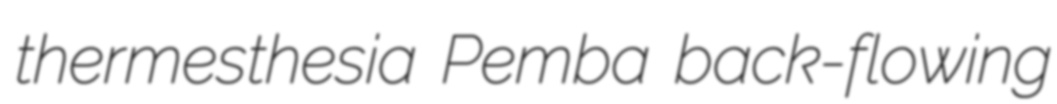
thermesthesia Pemba back-flowing